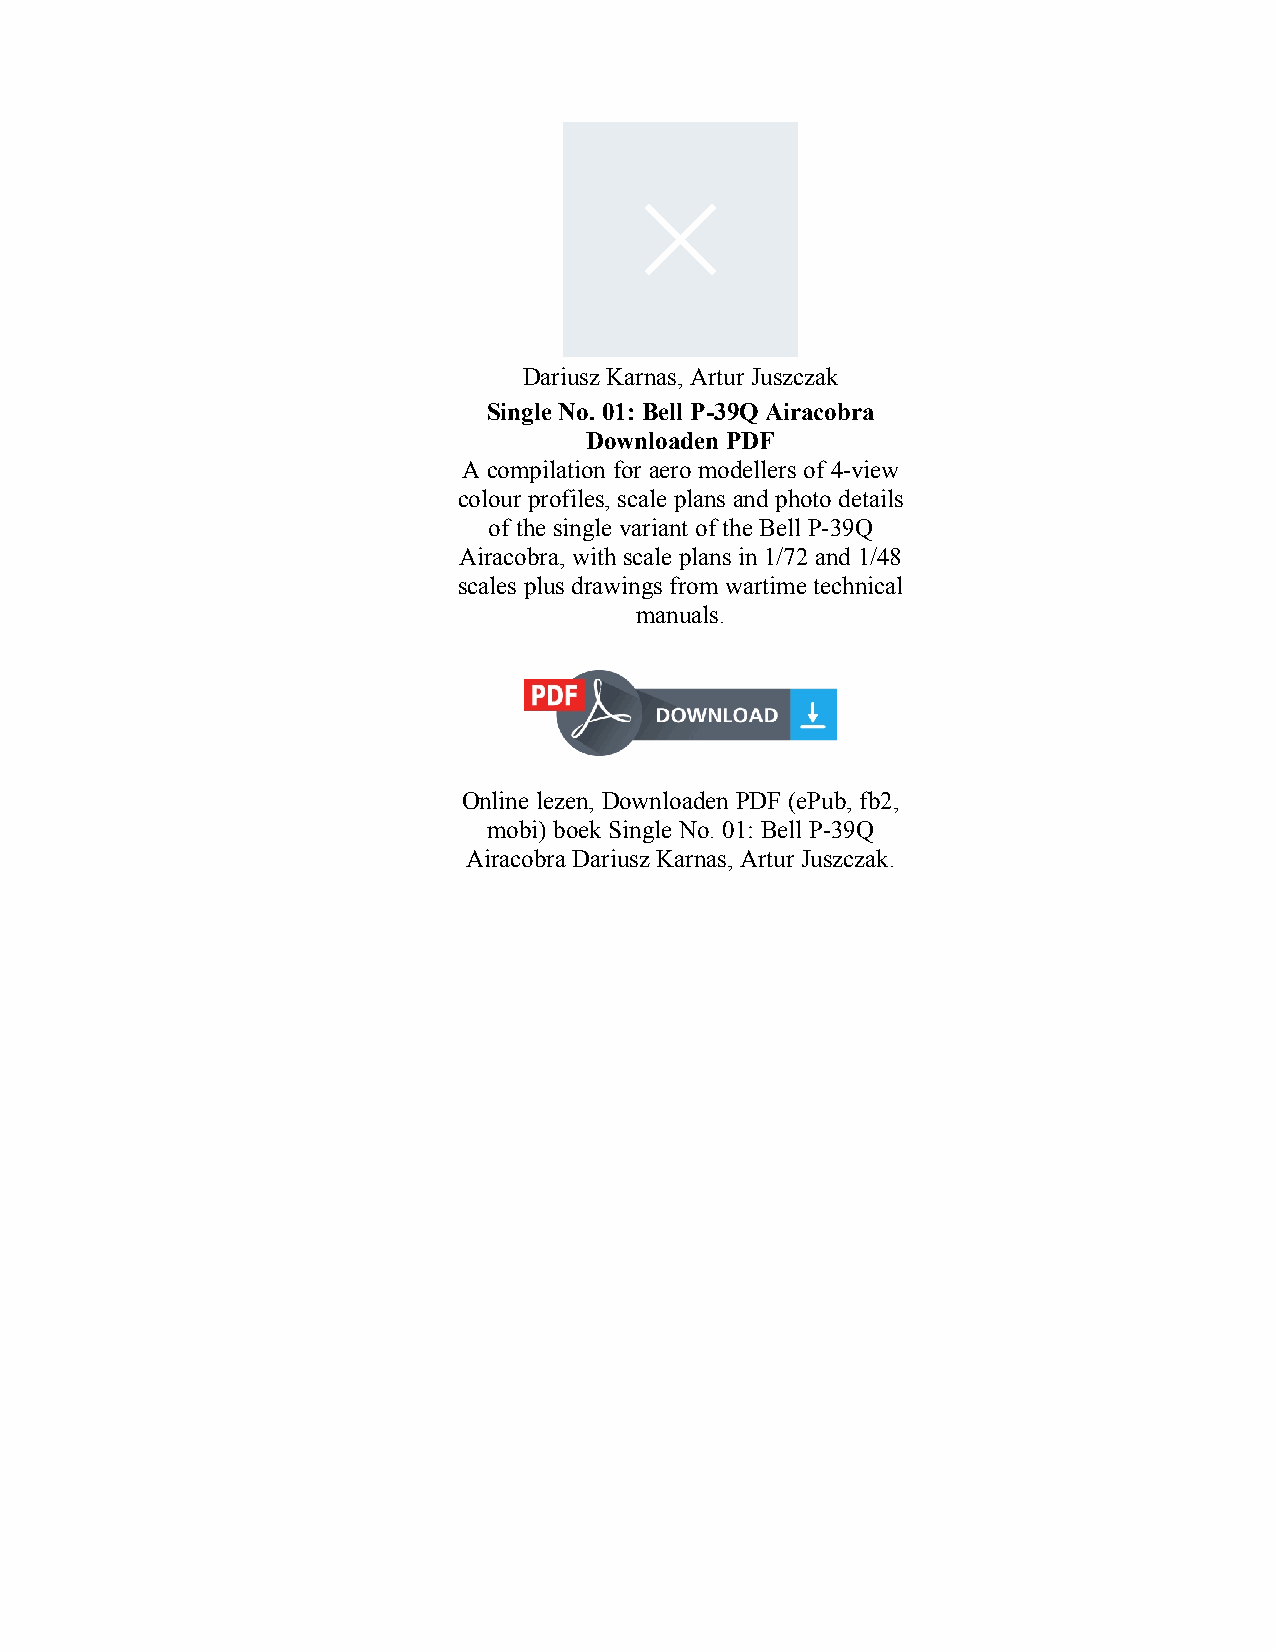
Dariusz Karnas, Artur Juszczak
 Single No. 01: Bell P-39Q Airacobra
 Downloaden PDF
 A compilation for aero modellers of 4-view
 colour profiles, scale plans and photo details
 of the single variant of the Bell P-39Q
 Airacobra, with scale plans in 1/72 and 1/48
 scales plus drawings from wartime technical
 manuals.
 Online lezen, Downloaden PDF (ePub, fb2,
 mobi) boek Single No. 01: Bell P-39Q
 Airacobra Dariusz Karnas, Artur Juszczak.